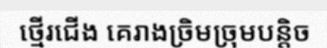
ថ្មើរជើង គេរាងច្រិមច្រុមបន្តិច